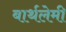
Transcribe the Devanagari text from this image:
बार्थलेमी